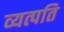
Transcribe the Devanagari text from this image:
व्यत्पति